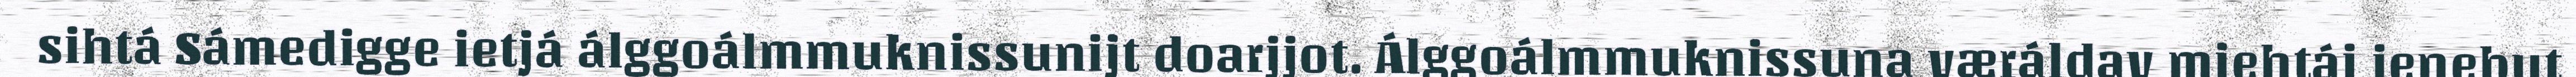
sihtá Sámedigge ietjá álggoálmmuknissunijt doarjjot. Álggoálmmuknissuna væráldav miehtáj ienebut